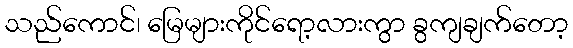
သည်ကောင်၊ မြေများကိုင်ရော့လားကွာ ခွကျချက်တော့